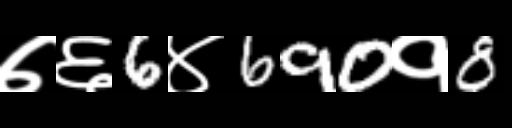
Text: ७६6४690१8